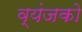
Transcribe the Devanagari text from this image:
व्यंजको